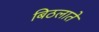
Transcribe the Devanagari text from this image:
बिठलाते